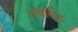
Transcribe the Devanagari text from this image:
जयसिँह